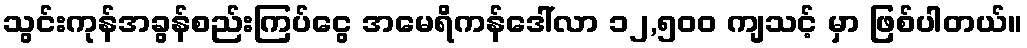
သွင်းကုန်အခွန်စည်းကြပ်ငွေ အမေရိကန်ဒေါ်လာ ၁၂,၅၀၀ ကျသင့် မှာ ဖြစ်ပါတယ်။